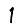
Digit: 1